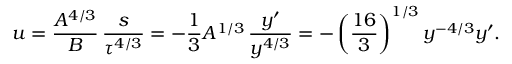
u = \frac { A ^ { 4 / 3 } } { B } \, \frac { s } { \tau ^ { 4 / 3 } } = - \frac { 1 } { 3 } A ^ { 1 / 3 } \, \frac { y ^ { \prime } } { y ^ { 4 / 3 } } = - \left( \frac { 1 6 } { 3 } \right) ^ { 1 / 3 } y ^ { - 4 / 3 } y ^ { \prime } .